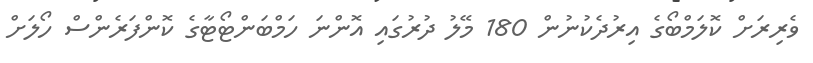
ވެރިރަށް ކޮލަމްބޯގެ އިރުދެކުނުން 180 މޭލު ދުރުގައި އޮންނަ ހަމްބަންޓޯޓާގެ ކޮންފަރެންސް ހޯލަށް